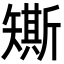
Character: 𥐀